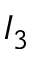
I _ { 3 }